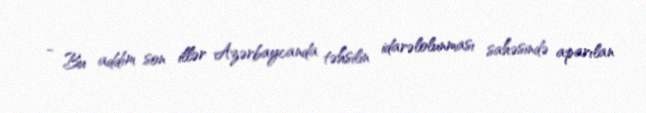
- Bu addım son illər Azərbaycanda təhsilin idarəlolunması sahəsində aparılan